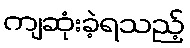
ကျဆုံးခဲ့ရသည့်